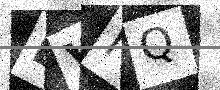
Text: EVIQ